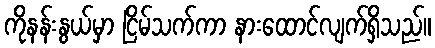
ကိုနန်းနွယ်မှာ ငြိမ်သက်ကာ နားထောင်လျက်ရှိသည်။